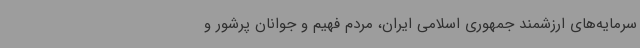
سرمایه‌های ارزشمند جمهوری اسلامی ایران، مردم فهیم و جوانان پرشور و